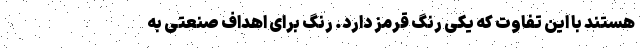
هستند با این تفاوت که یکی رنگ قرمز دارد. رنگ برای اهداف صنعتی به